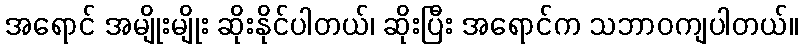
အရောင် အမျိုးမျိုး ဆိုးနိုင်ပါတယ်၊ ဆိုးပြီး အရောင်က သဘာဝကျပါတယ်။